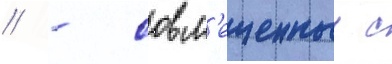
// - совм'ещенныи с